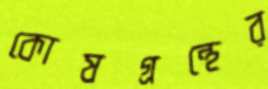
কোষগ্রন্থের